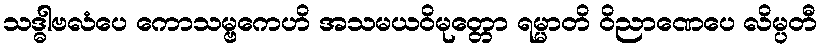
သဒ္ဓါဗလံပေ ကောသမ္ဗကေဟိ အသမယဝိမုတ္တော ရမ္မာတိ ဝိညာဏေပေ လိမ္ပတီ